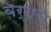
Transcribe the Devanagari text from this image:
वेर्त्स्